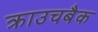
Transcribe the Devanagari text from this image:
क्राउचबैक